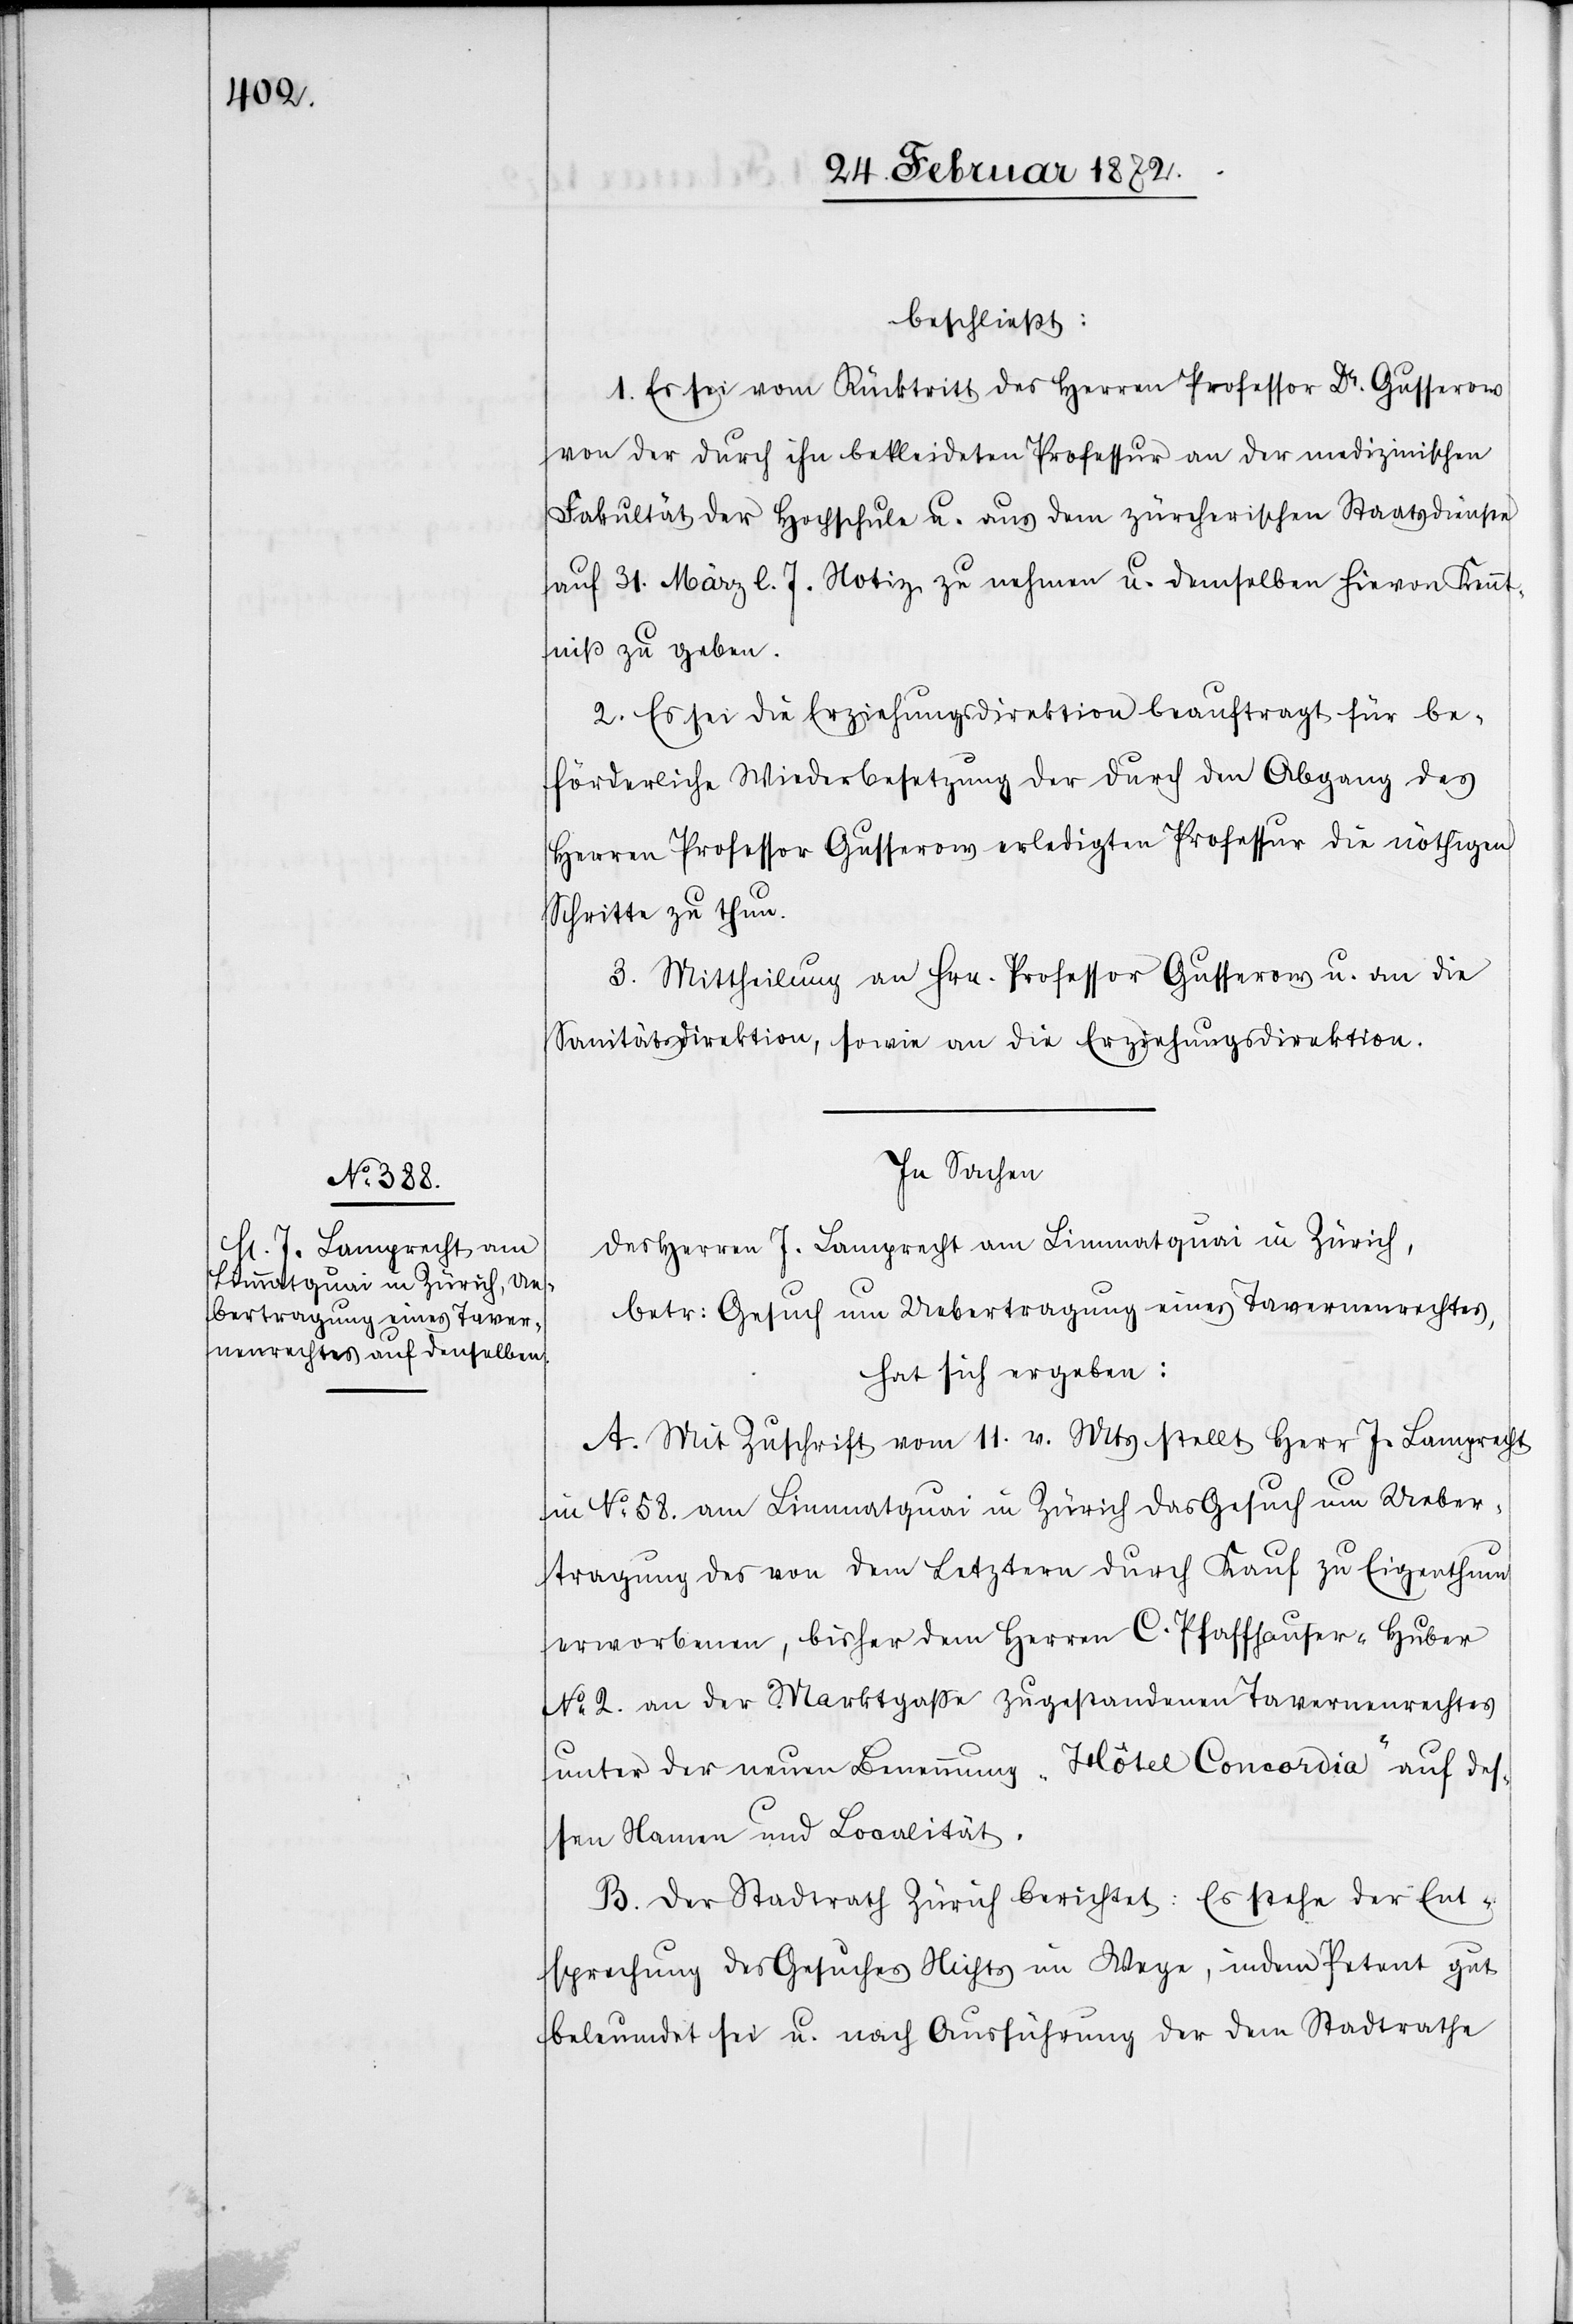
beschließt:
1. Es sei vom Rücktritt des Herren Professor Dr. Gusserow
von der durch ihn bekleideten Professur an der medizinischen
Fakultät der Hochschule u. aus dem zürcherischen Staatsdienste
auf 31. März l. J. Notiz zu nehmen u. demselben hievon Kennt¬
niß zu geben.
2. Es sei die Erziehungsdirektion beauftrag für be¬
förderliche Wiederbesetzung der durch den Abgang des
Herren Professor Gusserow erledigten Professur die nöthigen
Schritte zu thun.
3. Mittheilung an Hrn. Professor Gusserow u. an die
Sanitätsdirektion, sowie an die Erziehungsdirektion.
In Sachen
des Herren J. Lamprecht am Limmatquai in Zürich,
betr. Gesuch um Uebertragung eines Tavernenrechtes,
hat sich ergeben:
A. Mit Zuschrift vom 11. v. Mts stellt Herr J. Lamprecht
in No 58. am Limmatquai in Zürich das Gesuch um Ueber¬
tragung des von dem Letztern durch Kaufzu Eigenthum
erworbenen, bisher den Herren C. Pfaffhauser-Huber
No 2. an der Marktgasse zugestandenen Tavernenrechtes
unter der neuen Benennung „Hôtel Concordia“ auf des¬
sen Namen und Localität.
B. Der Stadtrath Zürich berichtet: Es stehe der Ent¬
sprechung des Gesuches Nichts im Wege, indem Petent gut
beleumdet sei u. nach Ausführung der dem Stadtrathe